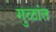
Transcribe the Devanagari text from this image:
गुळांत